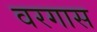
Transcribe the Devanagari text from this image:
वरगास